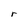
Character: r